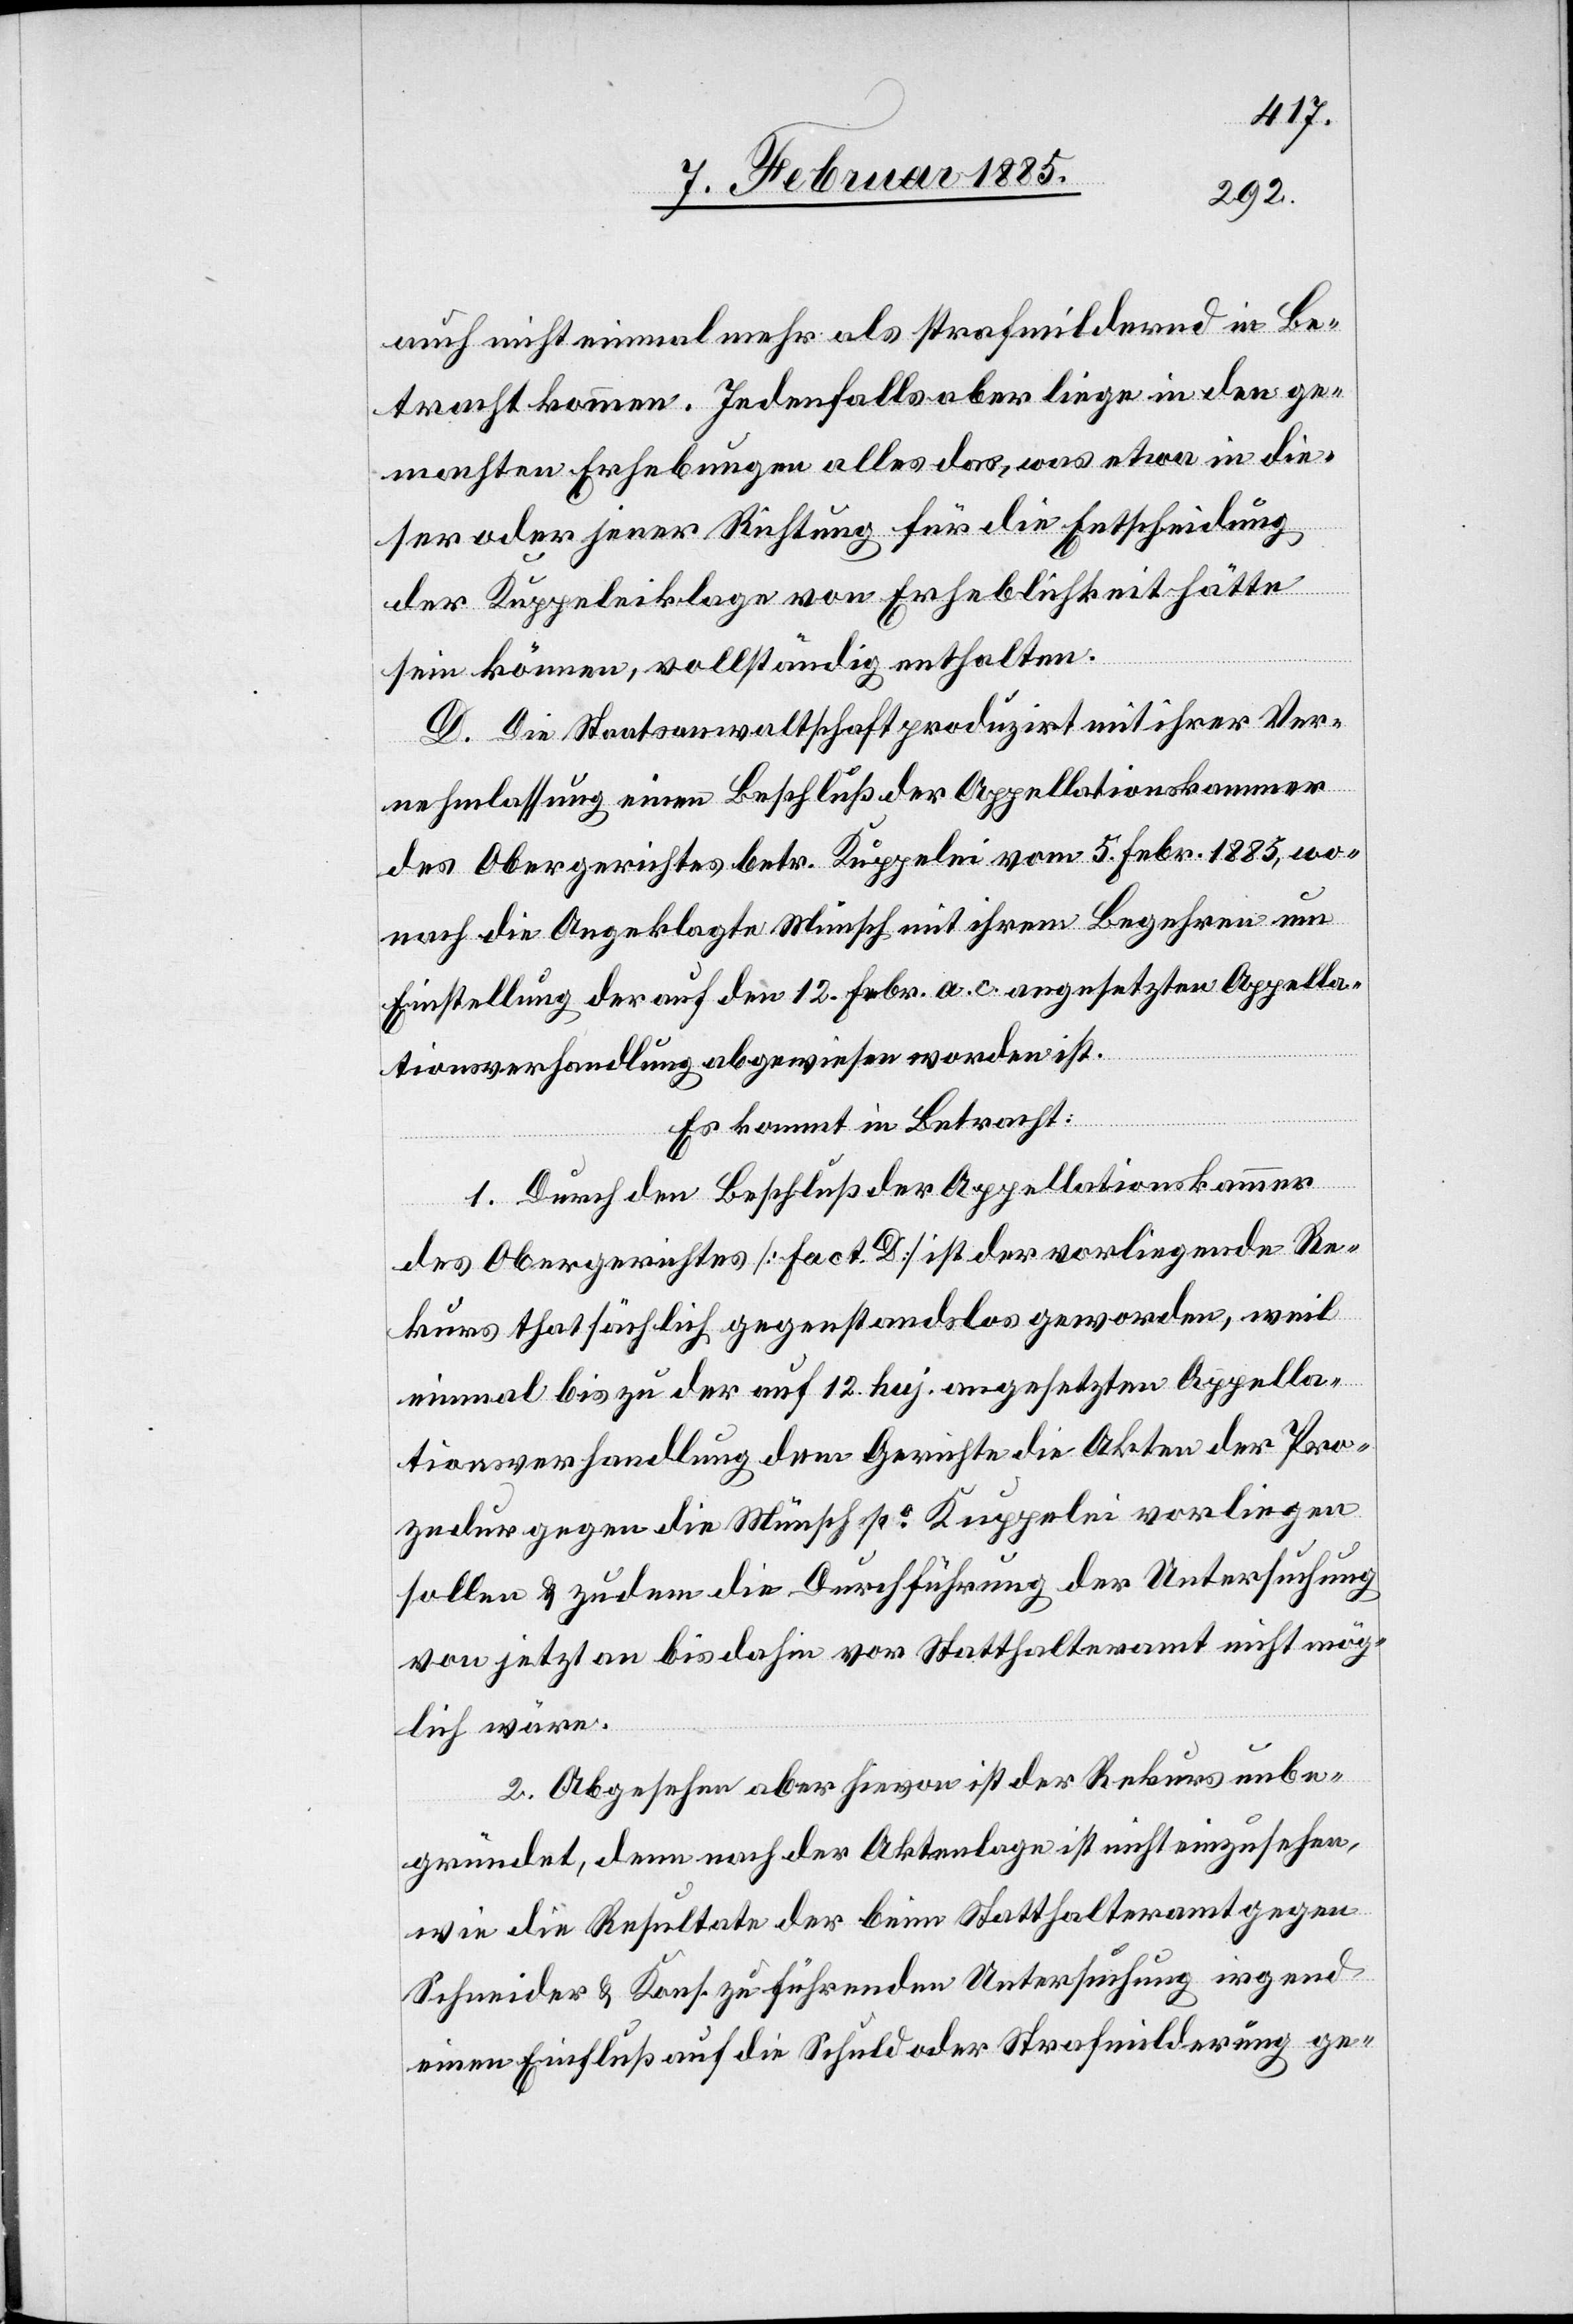
auch nicht einmal mehr als strafmildernd in Be¬
tracht kommen. Jedenfalls aber liege in den ge¬
machten Erhebungen alles das, was etwa in die¬
ser oder jener Richtung für die Entscheidung
der Kuppeleiklage von Erheblichkeit hätte
sein können, vollständig enthalten.
D. Die Staatsanwaltschaft produzirt mit ihrer Ver¬
nehmlassung einen Beschluß der Appellationskammer
des Obergerichtes betr. Kuppelei vom 5. Febr. 1885, wo¬
nach die Angeklagte Münsch mit ihrem Begehren um
Einstellung der auf den 12. Febr. a. c. angesetzten Appella¬
tionsverhandlung abgewiesen worden ist.
Es kommt in Betracht:
1. Durch den Beschluß der Appellationskammer
des Obergerichtes [Fact. D] ist der vorliegende Re¬
kurs thatsächlich gegenstandslos geworden, weil
einmal bis zu der auf 12. huj. angesetzten Appella¬
tionsverhandlung dem Gerichte die Akten der Pro¬
zedur gegen die Münsch po Kuppelei vorliegen
sollen & zudem die Durchführung der Untersuchung
von jetzt an bis dahin vor Statthalteramt nicht mög¬
lich wäre.
2. Abgesehen aber hievon ist der Rekurs unbe¬
gründet, denn nach der Aktenlage ist nicht einzusehen,
wie die Resultate der beim Statthalteramt gegen
Schneider & Kons. zu führenden Untersuchung irgend
einen Einfluß auf die Schuld oder Strafmilderung ge-